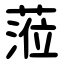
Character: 蒞